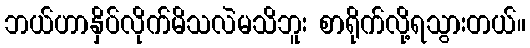
ဘယ်ဟာနှိပ်လိုက်မိသလဲမသိဘူး စာရိုက်လို့ရသွားတယ်။